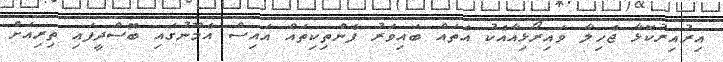
އިރުއިރުކޮޅާ ޖެހިލާ ވައިރޯޅިއާއެކު އެތައް ބައިވަރު ފެންތިކިތައް އައިސް އެމޫނުގައި ބޮސްދީފައި ތިރިއަށް